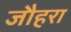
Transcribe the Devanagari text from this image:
जौहरा